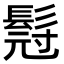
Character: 𮫇